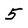
Character: 5